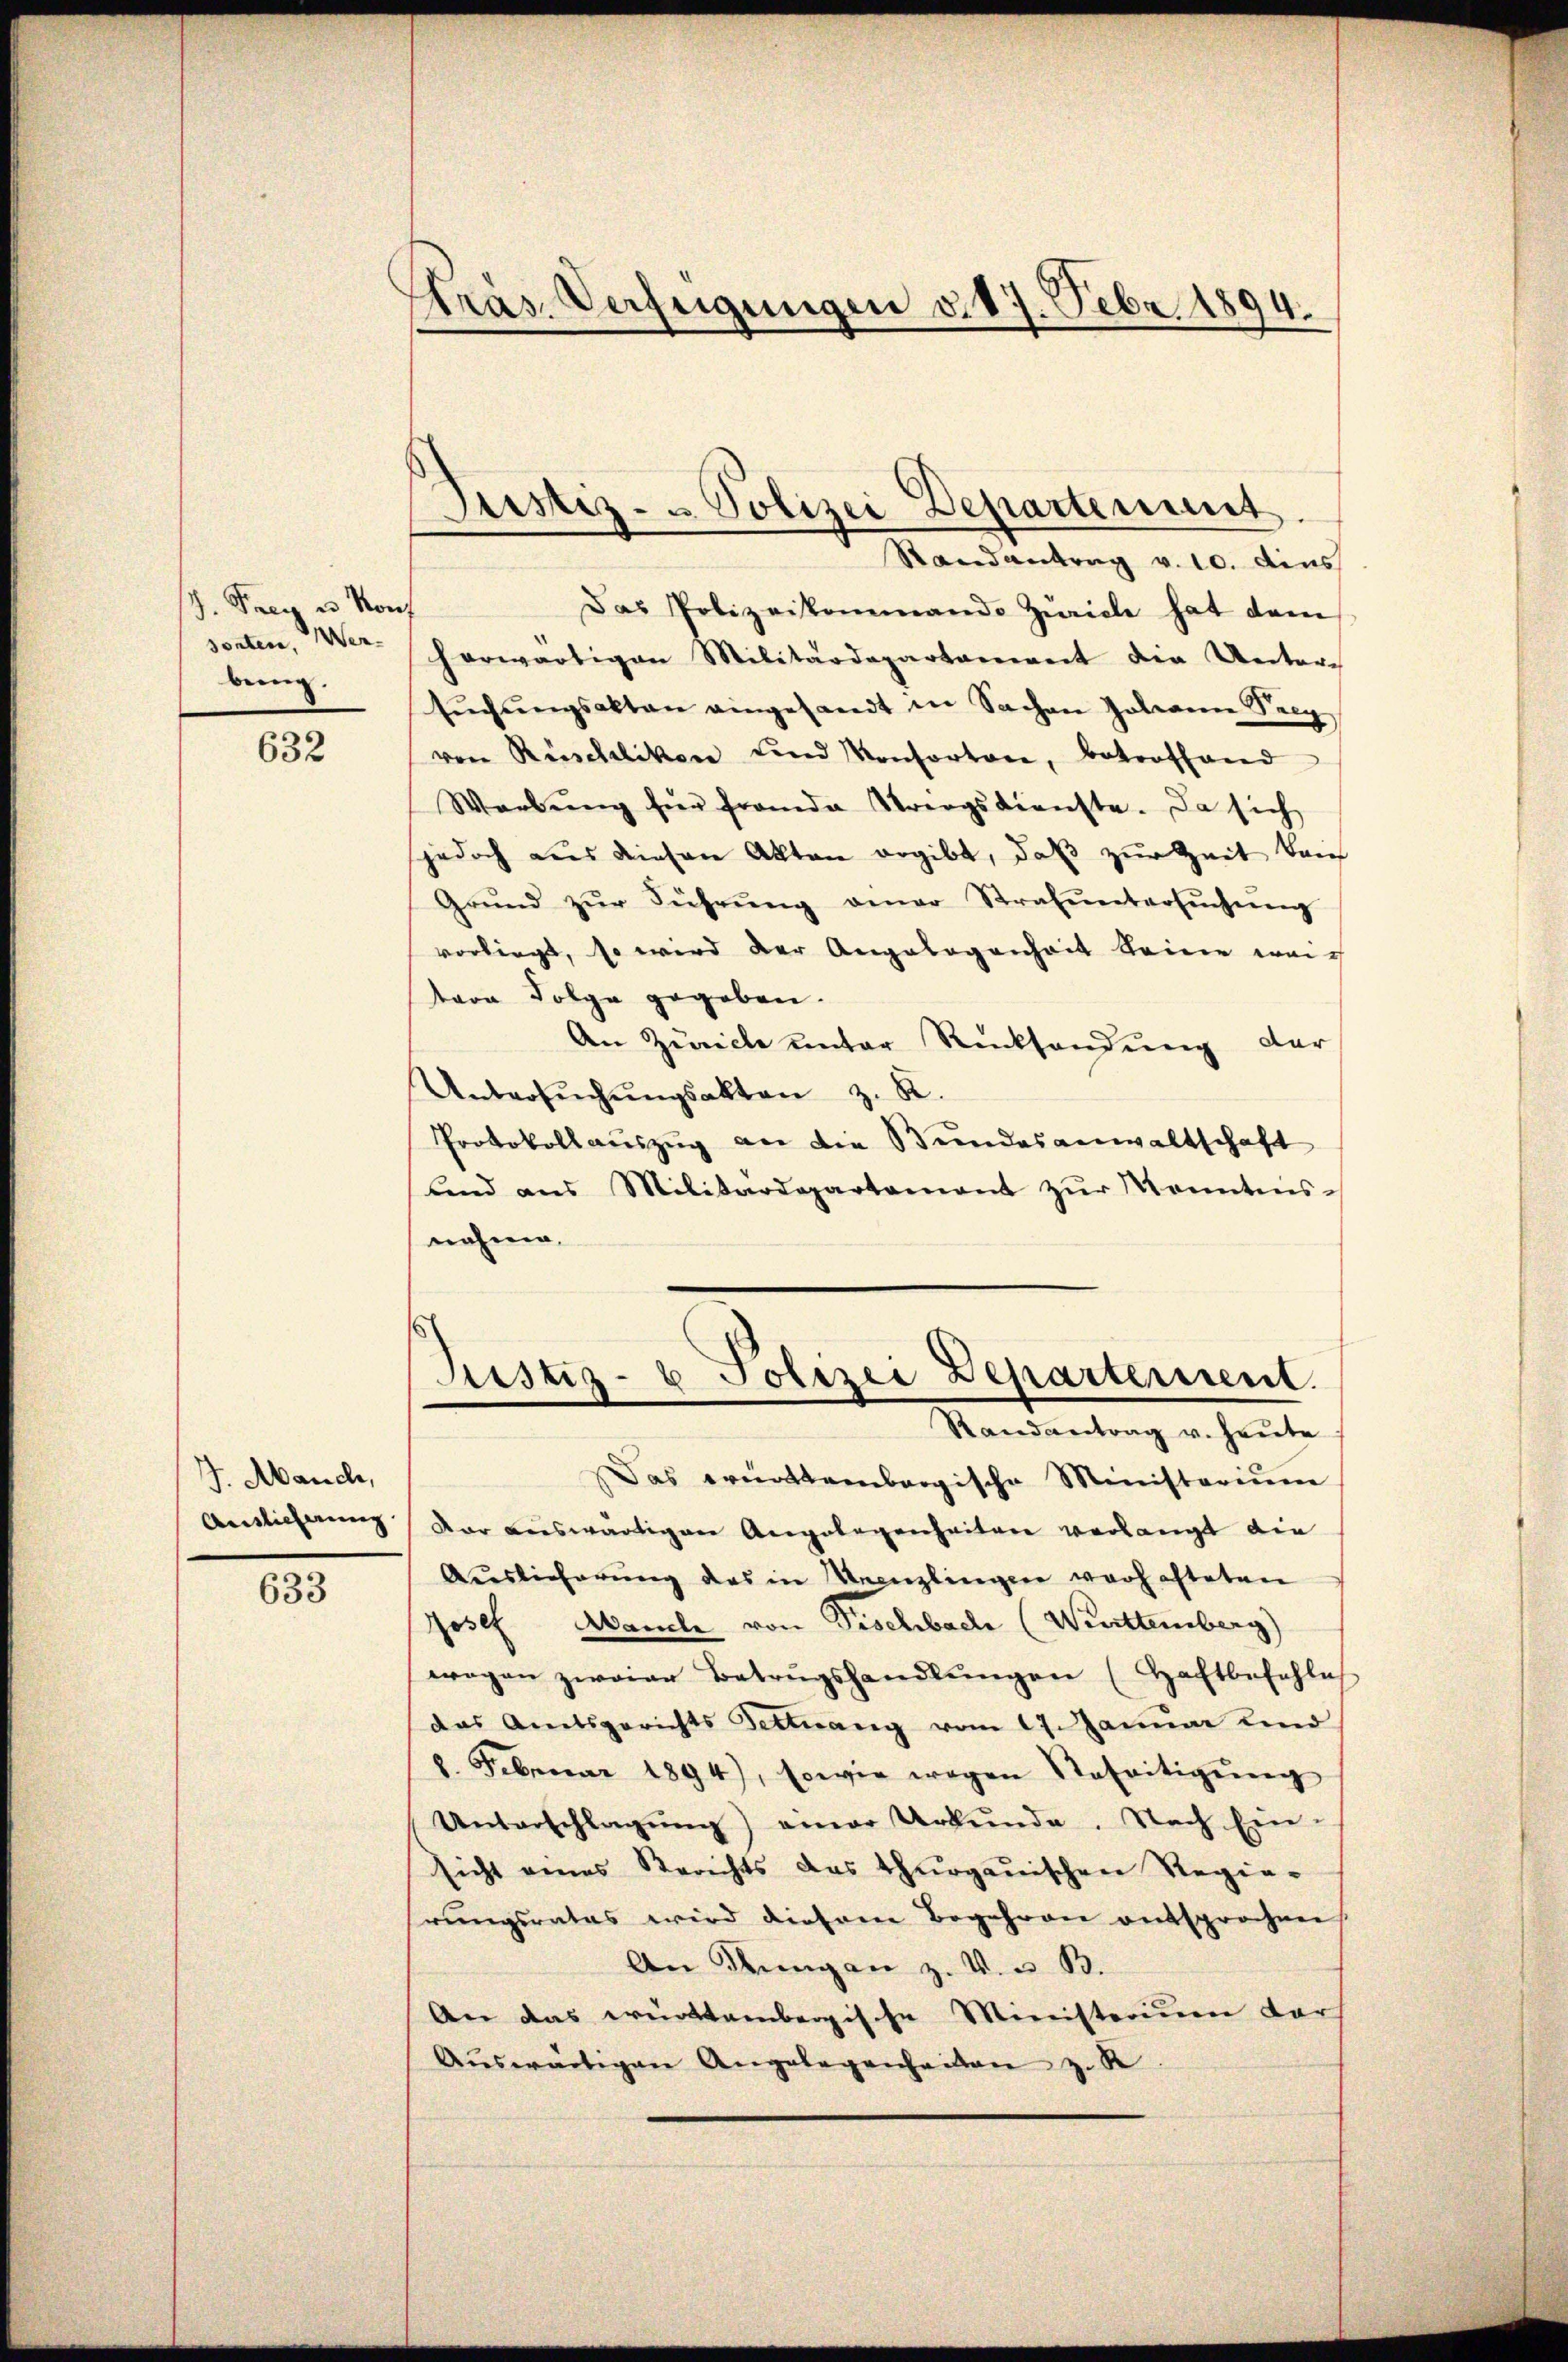
d. Frey es Konf
sonten, Wer-
bung.

632

J. Mauch,

633

Präs. Verfügungen v. 17. Febr. 1894.

Das Polizeikommando Zürich hat dem
herwärtigen Militärdepartanweit die Unter-
sŭchŭngsakten eingesandt in Sachen Johann Seeg
von Rüschliken und Konsorten, betroffend
Warbŭng für franda Strengsdienste. Da sich
jedoch aus diesen Akten ergibt, daß zur Zeit kan
Grŭnd zŭr Führŭng aner Strafŭntersŭchŭng
vorliegt, so wird der Angelegenheit keine weich
tern Folge gegeben.
An Zürich unter Rücksendung der
Untersŭchŭngsakten z. R.
Protokollauszug an die Bundesanwaltschaft
lnd aus Militärdepartament zŭr Kenntnis-
nahme.

Justiz- u. Polizei Departement.
Randantrag v. 10. dies

Justiz- & Polizei Departerrent
Randantrag u. heute

Das württembergische Ministerium
Antlicherung vor auswärtigen Angelegenheiten verlangt die
Auslieferŭng des in Seenzlingen verhafteten
Josef Manche von Fischbach (Werttemberg)
wegen zweier Betrŭgshandlŭngen (Haftbefehle
das Amtsgerichts Fettwang vom 17. Januar und
2. Februar 1894), sowie wegen Beseitigŭng
Unterschlagŭng einer Urkŭnde. Nach Ein-
sicht eines Berichts das thurgauischen Regierungsrates wird diesem Begehren entsprochen
An Rungan z. V. u. B.
An das württembergische Ministerium dar
Aŭswärtigen Angelegenheiten z. R